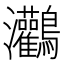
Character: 𪈸